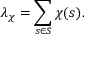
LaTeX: \lambda _ { \chi } = \sum _ { s \in S } \chi ( s ) .